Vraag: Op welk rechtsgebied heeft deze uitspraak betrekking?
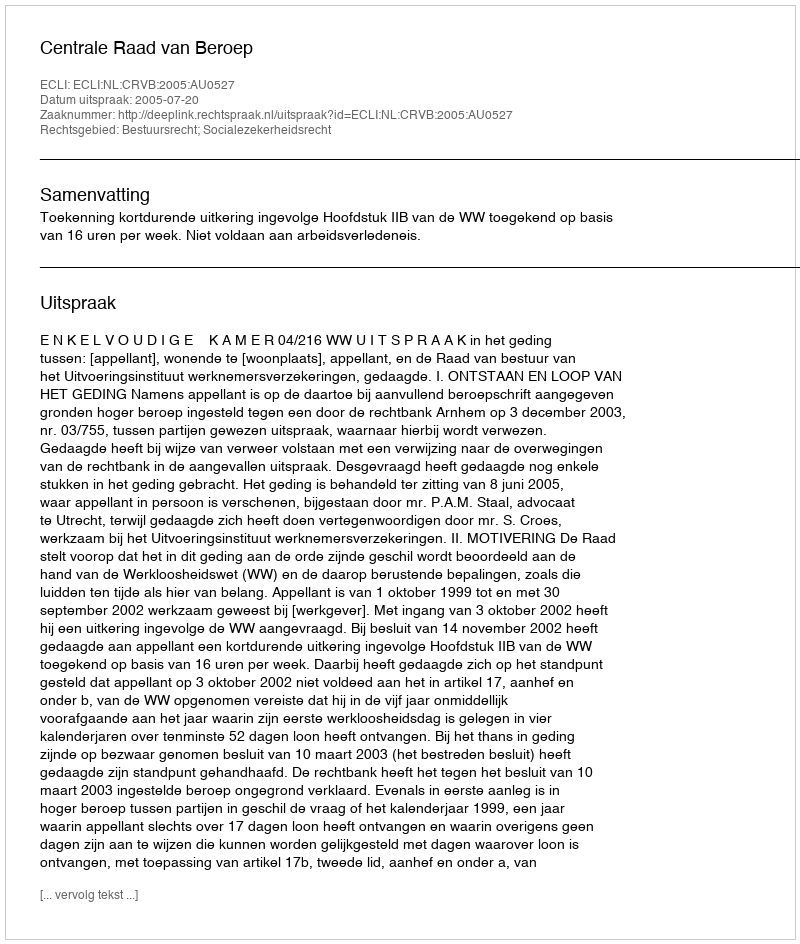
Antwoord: Bestuursrecht; Socialezekerheidsrecht